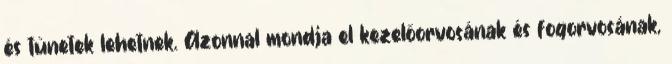
és tünetek lehetnek. Azonnal mondja el kezelőorvosának és fogorvosának,